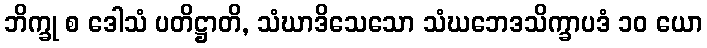
ဘိက္ခု စ ဒေါသံ ပတိဋ္ဌာတိ, သံဃာဒိသေသော သံဃဘေဒသိက္ခာပဒံ ၁၀ ယော